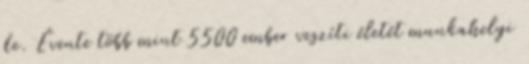
de. Évente több mint 5500 ember veszíti életét munkahelyi